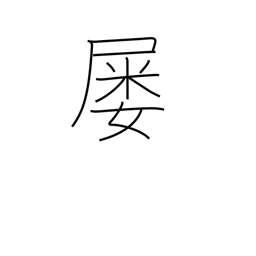
Meaning: frequently